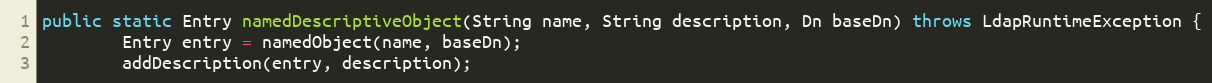
Language: Java
public static Entry namedDescriptiveObject(String name, String description, Dn baseDn) throws LdapRuntimeException {
        Entry entry = namedObject(name, baseDn);
        addDescription(entry, description);